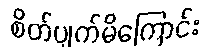
စိတ်ပျက်မိကြောင်း